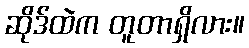
ဆိုဒ်ထဲက တူတာရှိလား။